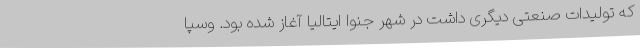
که تولیدات صنعتی دیگری داشت در شهر جنوا ایتالیا آغاز شده بود. وسپا